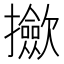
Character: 𢹦